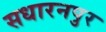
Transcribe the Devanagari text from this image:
सधारनपुर